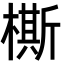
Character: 㯕